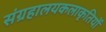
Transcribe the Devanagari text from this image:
संग्रहालयकलाकृतियों